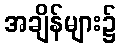
အချိန်များ၌